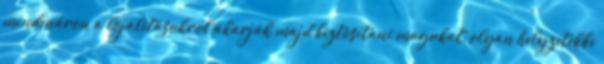
mindenáron a lojalitásukról akarják majd biztosítani magukat, olyan helyzetekbe